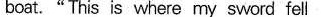
boat."This is where my sword fell